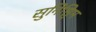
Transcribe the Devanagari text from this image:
सुनिश्चिम